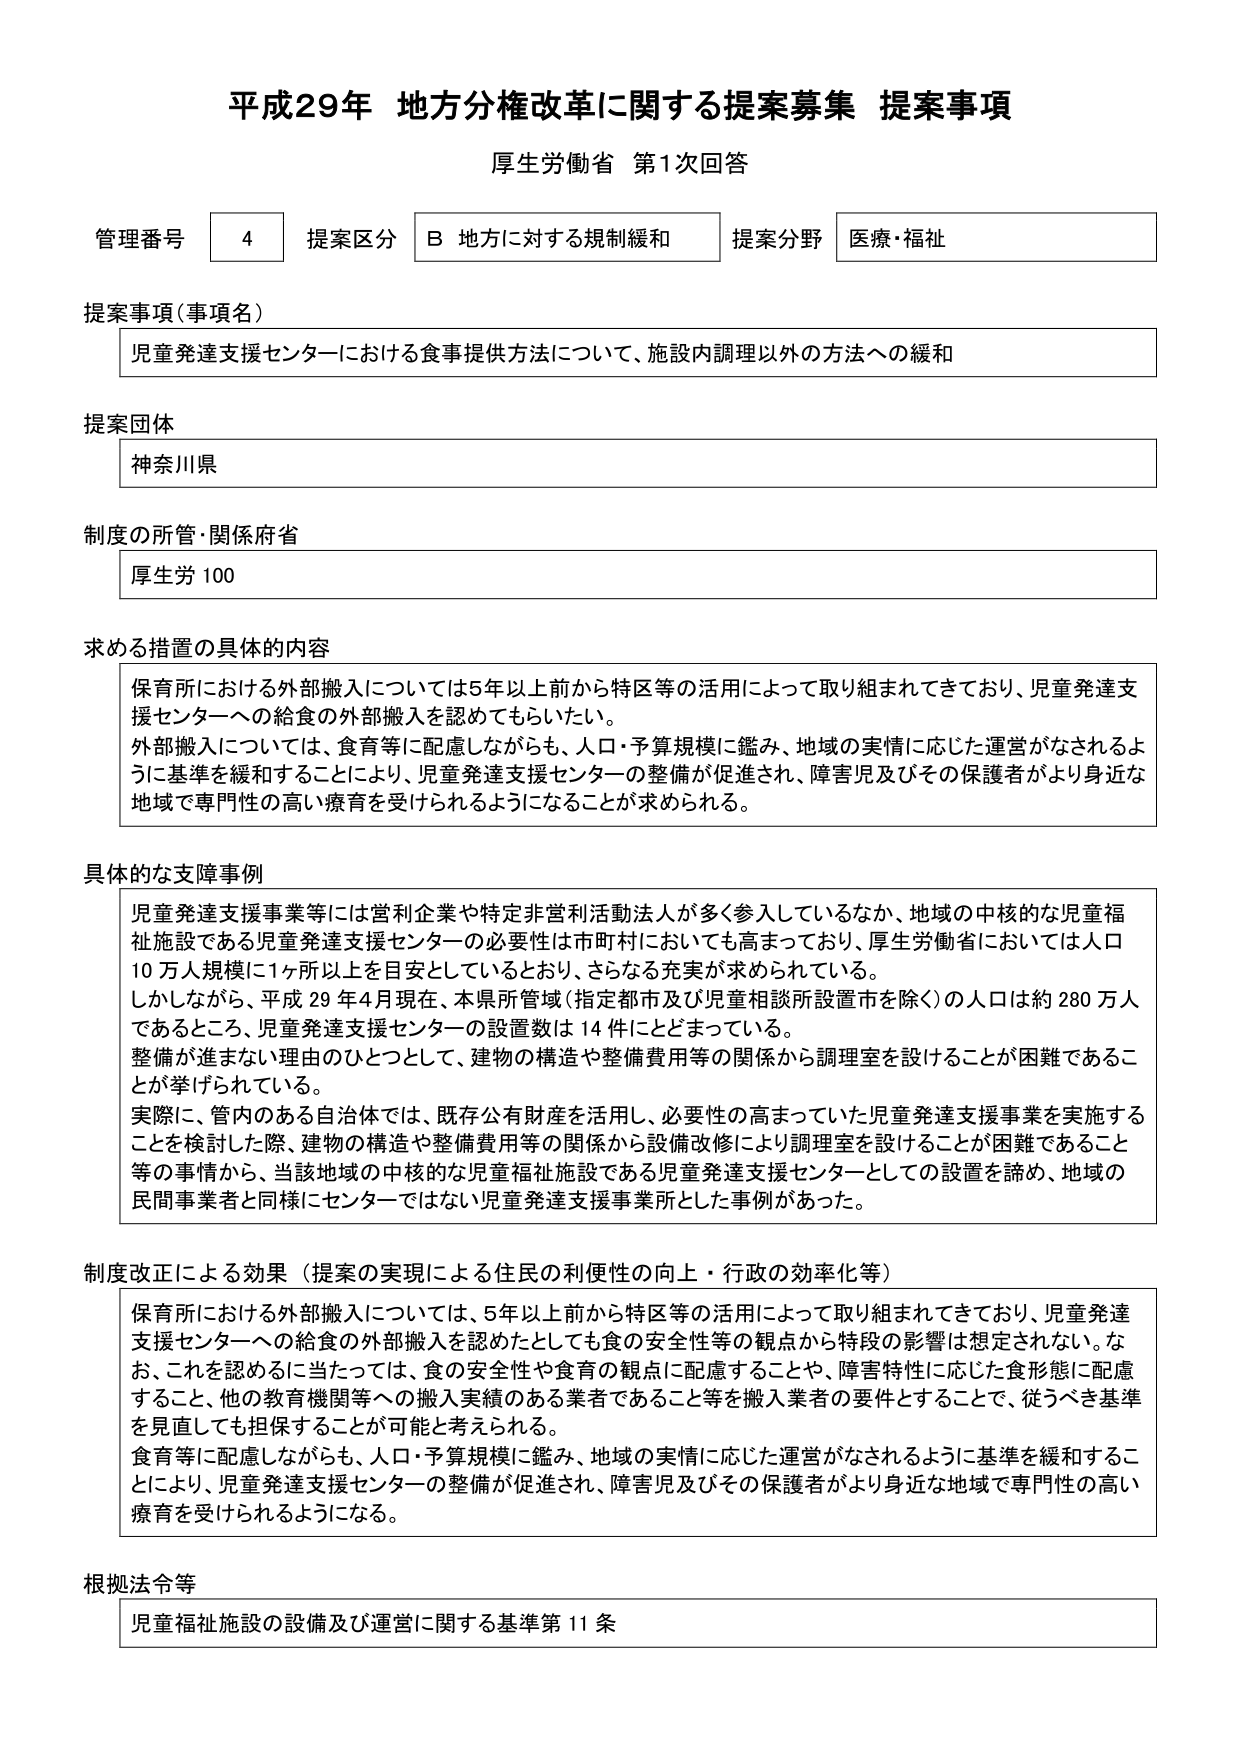
平成29年 地方分権改革に関する提案募集 提案事項
厚生労働省 第1次回答

管理番号 4 提案区分 B 地方に対する規制緩和 提案分野 医療・福祉

提案事項（事項名）
児童発達支援センターにおける食事提供方法について、施設内調理以外の方法への緩和

提案団体
神奈川県

制度の所管・関係府省
厚生労 100

求める措置の具体的内容
保育所における外部搬入については5年以上前から特区等の活用によって取り組まれてきており、児童発達支援センターへの給食の外部搬入を認めてもらいたい。
外部搬入については、食育等に配慮しながらも、人口・予算規模に鑑み、地域の実情に応じた運営がなされるように基準を緩和することにより、児童発達支援センターの整備が促進され、障害児及びその保護者がより身近な地域で専門性の高い療育を受けられるようになることが求められる。

具体的な支障事例
児童発達支援事業等には営利企業や特定非営利活動法人が多く参入しているなか、地域の中核的な児童福祉施設である児童発達支援センターの必要性は市町村においても高まっており、厚生労働省においては人口10万人規模に1ヶ所以上を目安としているとおり、さらなる充実が求められている。
しかしながら、平成29年4月現在、本県所管域（指定都市及び児童相談所設置市を除く）の人口は約280万人であるところ、児童発達支援センターの設置数は14件にとどまっている。
整備が進まない理由のひとつとして、建物の構造や整備費用等の関係から調理室を設けることが困難であることが挙げられている。
実際には、管内のある自治体では、既存公有財産を活用し、必要性の高まっていた児童発達支援事業を実施することを検討した際、建物の構造や整備費用等の関係から設備改修により調理室を設けることが困難であること等の事情から、当該地域の中核的な児童福祉施設である児童発達支援センターとしての設置を諦め、地域の民間事業者と同様にセンターではない児童発達支援事業所とした事例があった。

制度改正による効果（提案の実現による住民の利便性の向上・行政の効率化等）
保育所における外部搬入については、5年以上前から特区等の活用によって取り組まれてきており、児童発達支援センターへの給食の外部搬入を認めたとしても食の安全性等の観点から特段の影響は想定されない。なお、これに当たっては、食の安全性や食育の観点に配慮することや、障害特性に応じた食形態に配慮すること、他の教育機関等への搬入実績のある業者であること等を搬入業者の要件とすることで、従うべき基準を見直しても担保することが可能と考えられる。
食育等に配慮しながらも、人口・予算規模に鑑み、地域の実情に応じた運営がなされるように基準を緩和することにより、児童発達支援センターの整備が促進され、障害児及びその保護者がより身近な地域で専門性の高い療育を受けられるようになる。

根拠法令等
児童福祉施設の設備及び運営に関する基準第11条